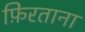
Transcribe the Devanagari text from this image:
फ़िरताना